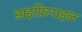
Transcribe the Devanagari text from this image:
डाइफ़िनाइल